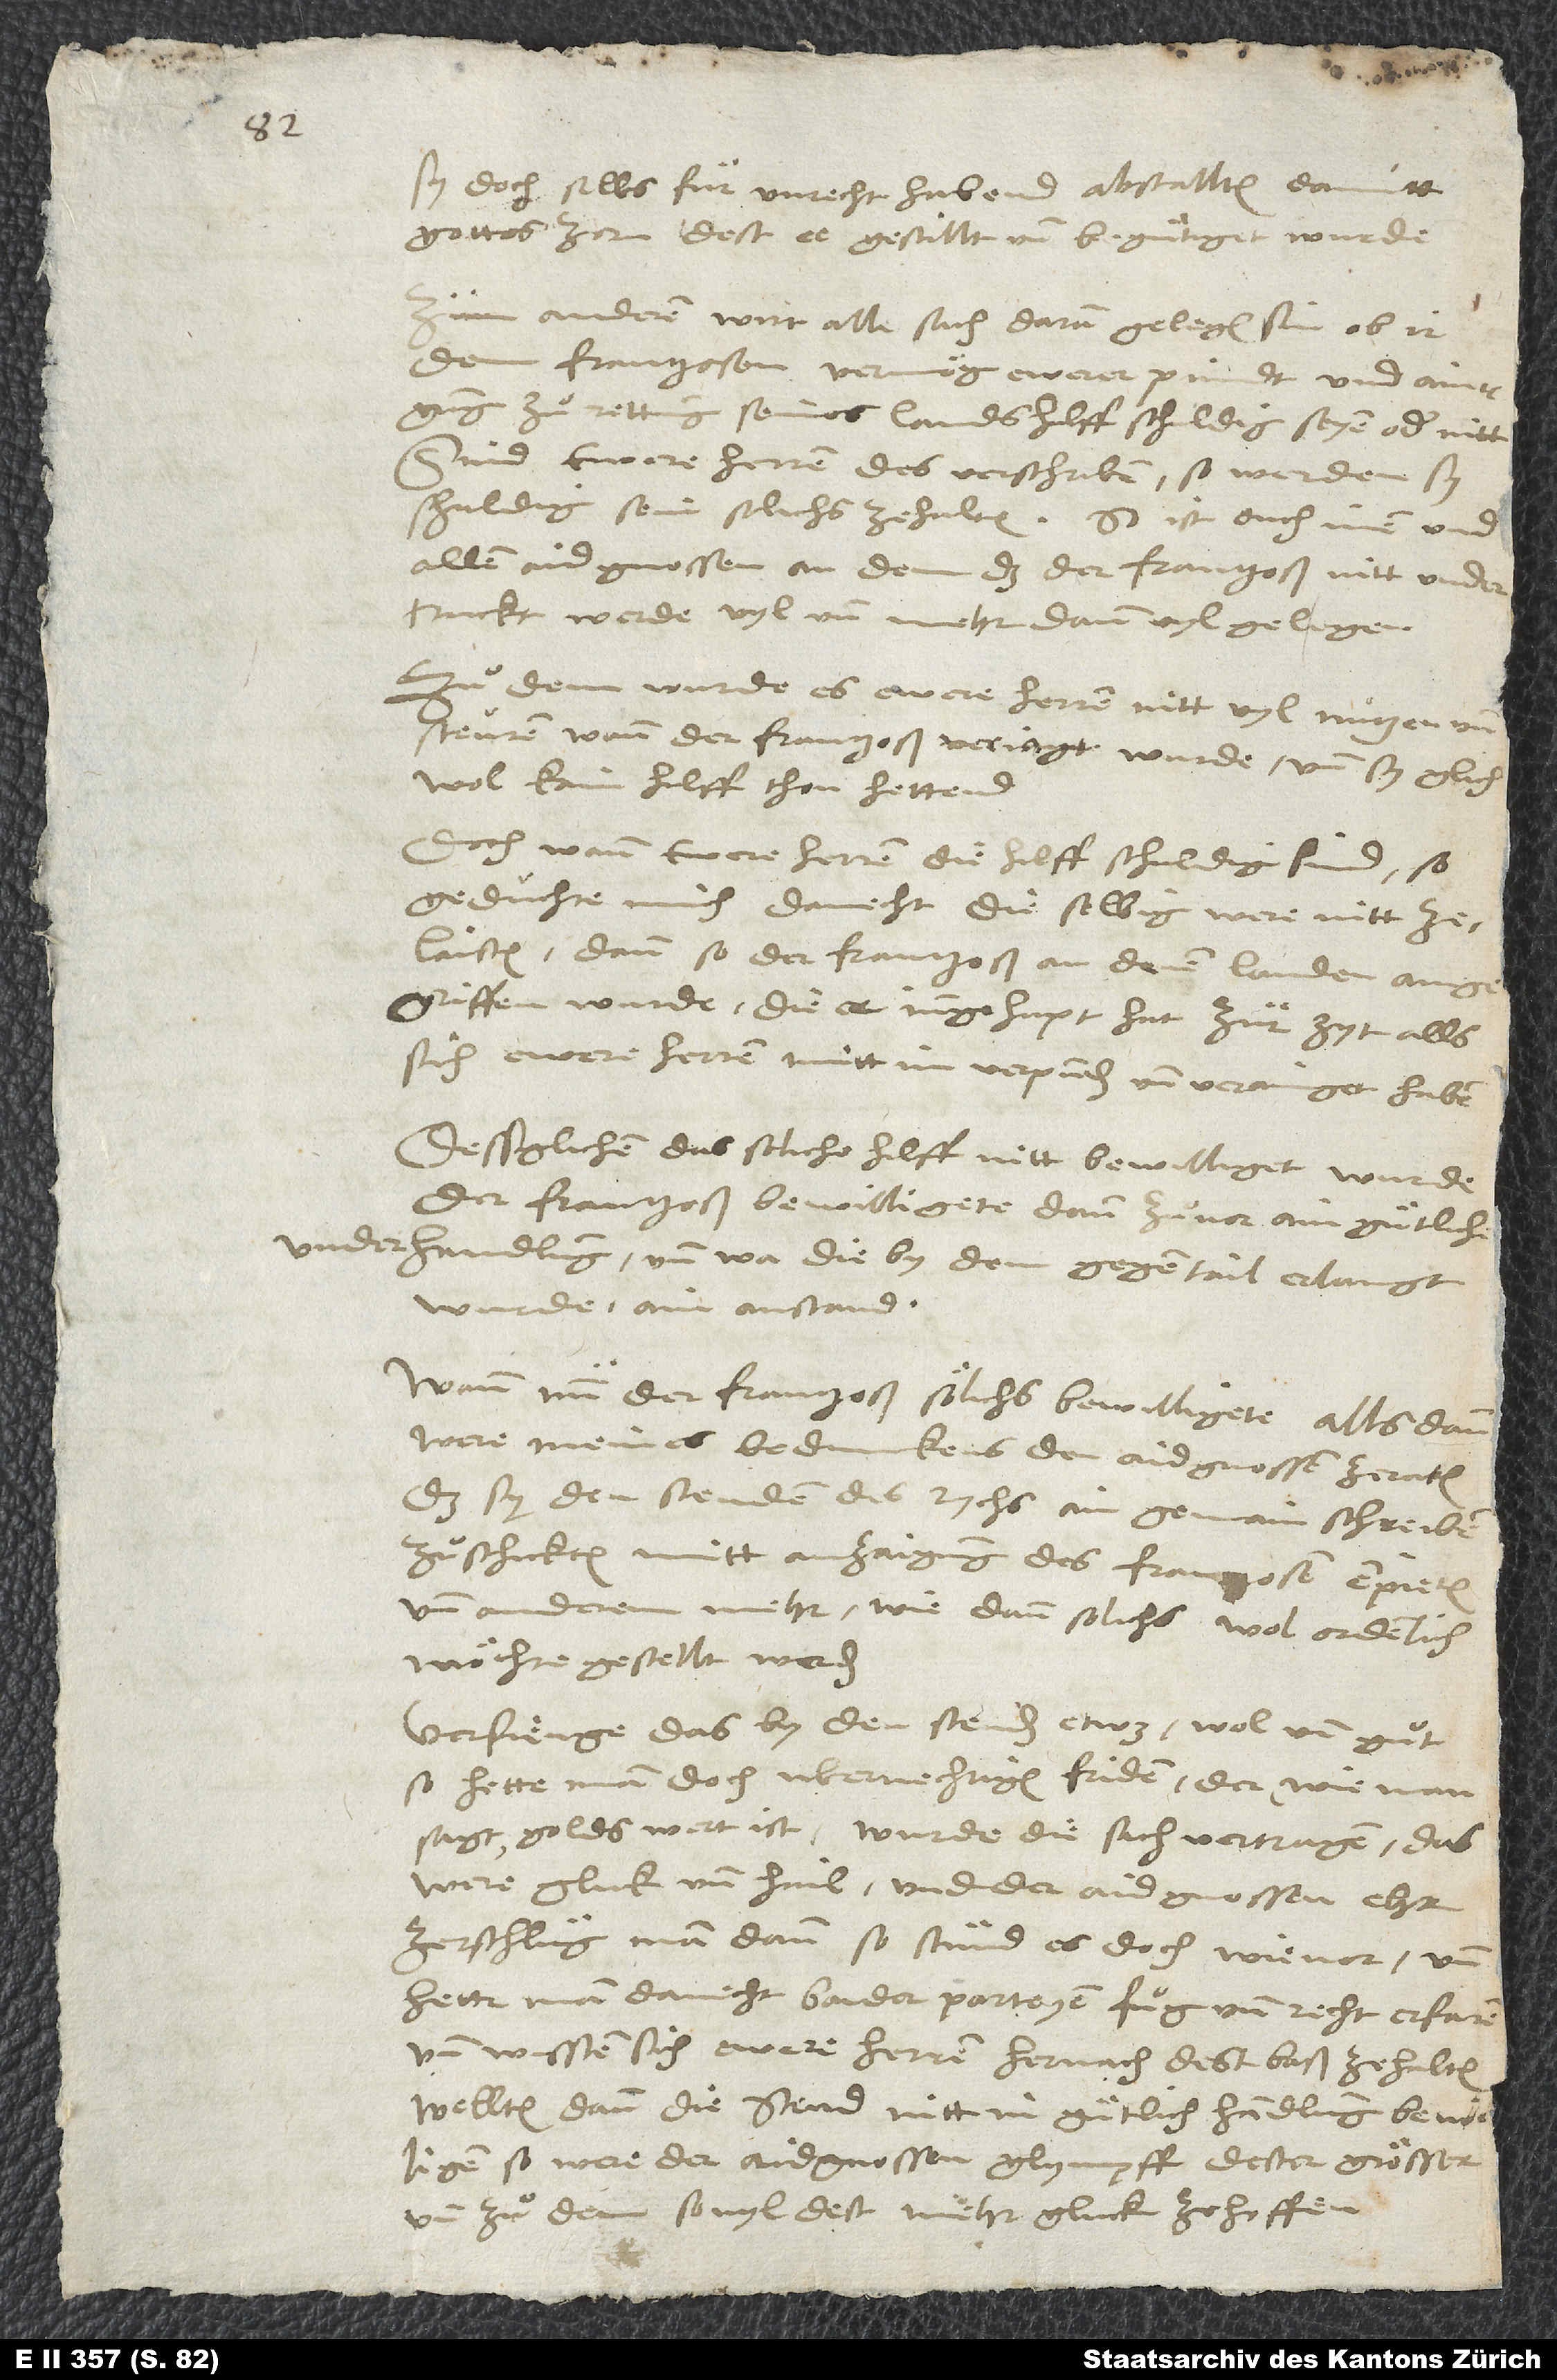
sy doch selbs für unrecht habend, abstallten, damitt
gottes zorn dest ee gestillt und beguͤtiget wurde.
Zum anderen wirt alle sach daran gelegen sin, ob ir
dem Frantzosen vermög ewerer pündt und ainigung
zuͦ rettung seines lands hilff schuldig seyen oder nitt.
Sind ewere herren des verschriben, so werden sy
schuldig sein solichs zehalten. So ist ouch inen und
allen aidgnossen an dem, das der Frantzoß nitt undertruckt
werde, vyl und mehr dann vyl gelegen.
Zuͦ dem wurde es ewere herren nitt vyl nützen und
steuren, wann der Frantzoß verjagt wurde und sy glichwol
kain hilff thon hettend.
Doch wann ewere herren die hilff schuldig sind, so
geduͤchte mich danecht, dieselbig were nitt
zelaisten, dann so der Frantzoß an denen landen angegriffen
wurde, die er inngehapt hat zur zyt, alls
sich ewere herren mitt im verpunden und verainiget haben.
Dessglichen, das soliche hilff nitt bewilliget wurde,
der Frantzoß bewilligete dann zuͦvor ain guͤtlich
underhandlung und, wa die by dem gegentail erlangt
wurde, ain anstand.
Wann nun der Frantzoß sölichs bewilligete, allsdann
were meines bedunckens den aidgnossen zeraten,
das sy den stenden des rychs ain gemain schreiben
zuͦschickten mitt anzaigung des Frantzosen enpieten
und anderem mehr, wie dann solichs wol ordenlich
möchte gestellt werden.
Verfienge das by den stenden etwas, wol und guͦt;
so hette man doch ubernechtigen friden, der, wie man
sagt, golds wert ist. Wurde die sach vertragen, das
were gluck und hail und der aidgnossen ehr;
zerschluͤg man dann, so stünd es doch wie vor, und
hette man danecht baider parteyen fuͦg und recht erfaren,
und wissten sich ewere herren hernach dest baß zehalten.
Wellten dann die stend nitt in guͤtlich handlung bewilligen,
so were der aidgnossen glympff dester grösser
und zuͦ dem so vyl dest mehr gluck zehoffen.